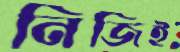
নিজিই